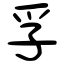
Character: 孚